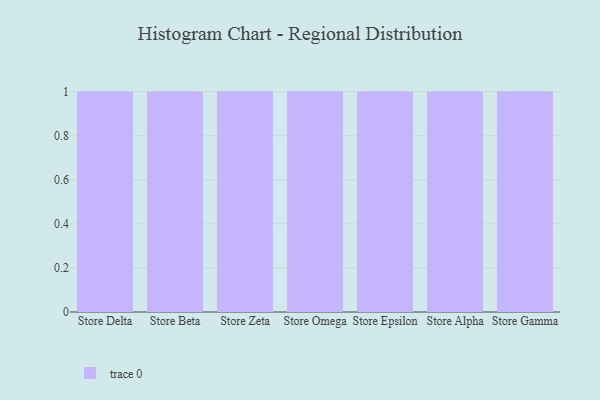
{"axis": {"x": "Store", "y": "Tickets Resolved"}, "legend": [""], "data": [{"x": "Store Delta", "y": 75, "type": ""}, {"x": "Store Beta", "y": 1, "type": ""}, {"x": "Store Zeta", "y": 75, "type": ""}, {"x": "Store Omega", "y": 80, "type": ""}, {"x": "Store Epsilon", "y": 8, "type": ""}, {"x": "Store Alpha", "y": 64, "type": ""}, {"x": "Store Gamma", "y": 51, "type": ""}]}